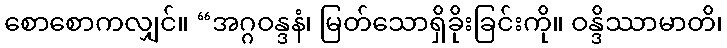
စောစောကလျှင်။ “အဂ္ဂဝန္ဒနံ၊ မြတ်သောရှိခိုးခြင်းကို။ ဝန္ဒိဿာမာတိ၊